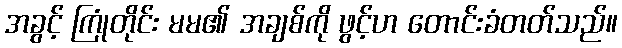
အခွင့် ကြုံတိုင်း မမ၏ အချစ်ကို ဖွင့်ဟ တောင်းခံတတ်သည်။